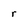
Character: r